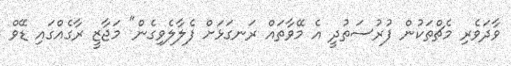
ވާދަވެރި މެޗްތަކުން ފުރުސަތުދީ އެ މޭވާތައް ރަނގަޅަށް ފެލާލެވިގެން" މަޖާޒީ ރާގެއްގައި ޑޭވް